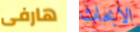
هارفى الابحاث